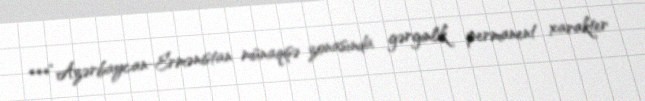
***“Azərbaycan-Ermənistan münaqişə zonasında gərginlik permanent xarakter